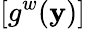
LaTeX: [g^{w}(\mathbf{y})]